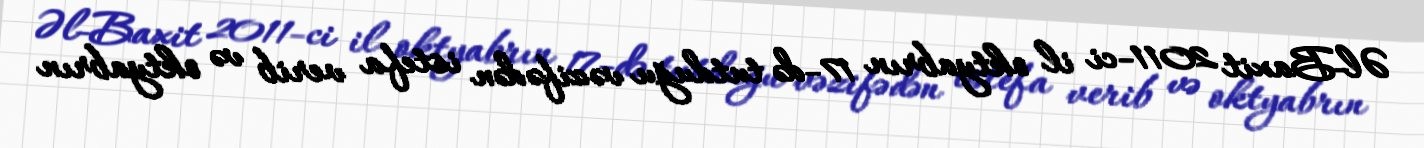
Əl-Baxit 2011-ci il oktyabrın 17-də tutduğu vəzifədən istefa verib və oktyabrın